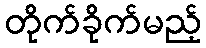
တိုက်ခိုက်မည့်